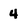
Character: 4